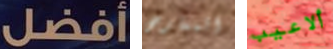
أفضل المعارض ألاعيب